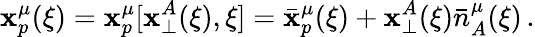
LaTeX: \mathbf{x}_{p}^{\mu}(\xi)=\mathbf{x}_{p}^{\mu}[\mathbf{x}_{\perp}^{A}(\xi),\xi]=\bar{{\mathbf{x}}}_{p}^{\mu}(\xi)+\mathbf{x}_{\perp}^{A}(\xi)\bar{{n}}_{A}^{\mu}(\xi)\, .